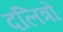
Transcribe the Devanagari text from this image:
दलित्रों